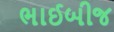
ભાઈબીજ